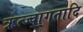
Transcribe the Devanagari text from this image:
ऋत्ज्वागतादि